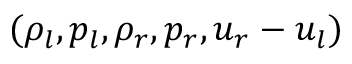
( \rho _ { l } , p _ { l } , \rho _ { r } , p _ { r } , u _ { r } - u _ { l } )